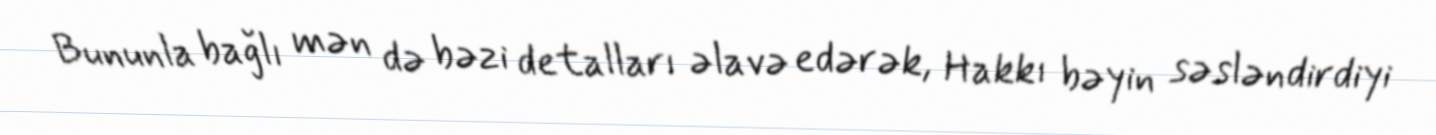
Bununla bağlı mən də bəzi detalları əlavə edərək, Hakkı bəyin səsləndirdiyi